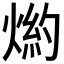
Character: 𤋢